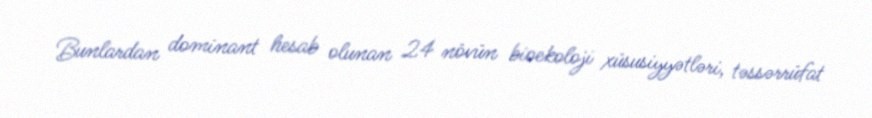
Bunlardan dominant hesab olunan 24 növün bioekoloji xüsusiyyətləri, təssərrüfat